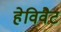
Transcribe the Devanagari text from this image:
हेविवैट